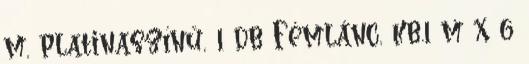
m, platinaszínű, 1 db Fémlánc, kb.1 m x 6